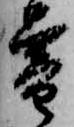
暮